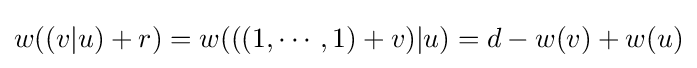
w((v|u)+r)=w(((1,\cdots ,1)+v)|u)=d-w(v)+w(u)